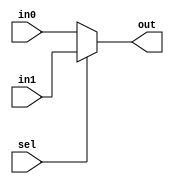
module mux2(
    input in0, input in1, input sel, 
    output out);

    assign out = sel ? in1 : in0;
endmodule

module quad_inverter(
    input a, b, c, d,
    output ab, bb, cb, db);

// ======================
// = add your code here =
// ======================
        
endmodule